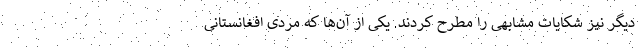
دیگر نیز شکایات مشابهی را مطرح کردند. یکی از آن‌ها که مردی افغانستانی